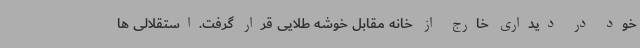
خود در دیداری خارج از خانه مقابل خوشه طلایی قرار گرفت.استقلالی ها